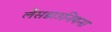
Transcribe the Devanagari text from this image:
लैंसडाउनियना